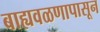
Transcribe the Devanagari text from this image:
बाह्यवळणापासून